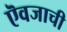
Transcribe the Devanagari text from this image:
ऎवजाची